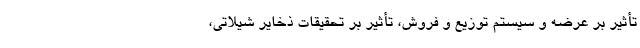
تأثیر بر عرضه و سیستم توزیع و فروش، تأثیر بر تحقیقات ذخایر شیلاتی،